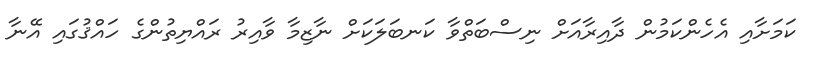
ކަމަށާއި އެހެންކަމުން ދާއިރާއަށް ނިސްބަތްވާ ކަނބަލަކަށް ނާޒިމާ ވާއިރު ރައްޔިތުންގެ ހައްޤުގައި އޭނާ